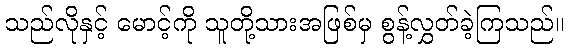
သည်လိုနှင့် မောင့်ကို သူတို့သားအဖြစ်မှ စွန့်လွှတ်ခဲ့ကြသည်။